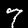
Label: 7